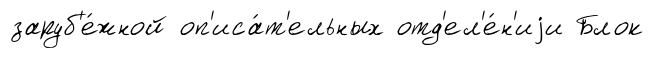
заруб'е́жной оп'иса́т'ельных отд'ел'е́н'иjи Блок